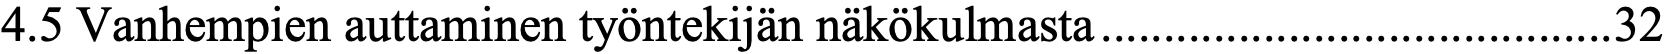
4.5 Vanhempien auttaminen työntekijän näkökulmasta ......................................... 32